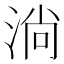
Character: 淌